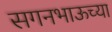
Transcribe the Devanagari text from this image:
सगनभाऊच्या